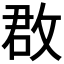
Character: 𢽏